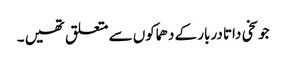
جو سخی داتا دربار کے دھماکوں سے متعلق تھیں ۔